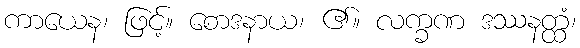
ကာယေန၊ ဖြင့်။ စောဒနာယ၊ ၏။ လက္ခဏ ဒဿနတ္ထံ၊